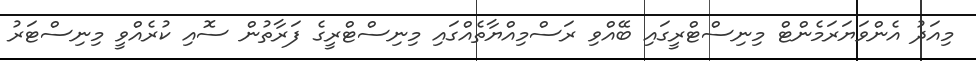
މިއަދު އެންވަޔަރަމެންޓް މިނިސްޓްރީގައި ބޭއްވި ރަސްމިއްޔާތެއްގައި މިނިސްޓްރީގެ ފަރާތުން ސޮއި ކުރެއްވީ މިނިސްޓަރު